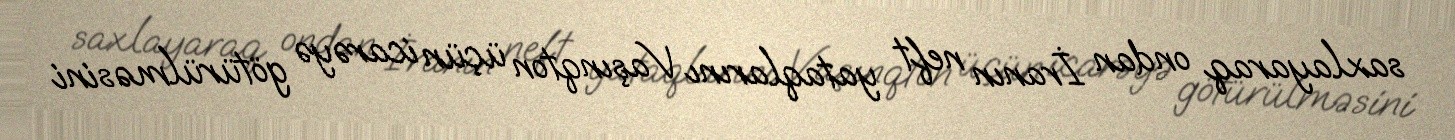
saxlayaraq ondan İranın neft yataqlarını Vaşınqton üçün icarəyə götürülməsini